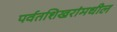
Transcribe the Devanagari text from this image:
पर्वतशिखरांमधील